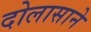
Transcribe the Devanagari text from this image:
दोलासाने